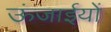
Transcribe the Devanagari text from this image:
ऊंजाईयों